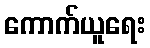
ကောက်ယူရေး